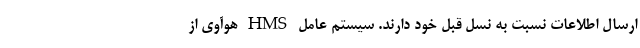
ارسال اطلاعات نسبت به نسل قبل خود دارند. سیستم عامل HMS هوآوی از